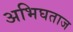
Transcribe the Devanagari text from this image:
अभिघताज